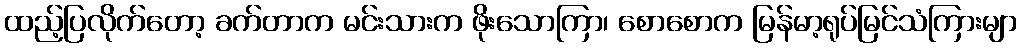
ထည့်ပြလိုက်တော့ ခက်တာက မင်းသားက ဖိုးသောကြာ၊ စောစောက မြန်မာ့ရုပ်မြင်သံကြားမျာ